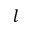
l